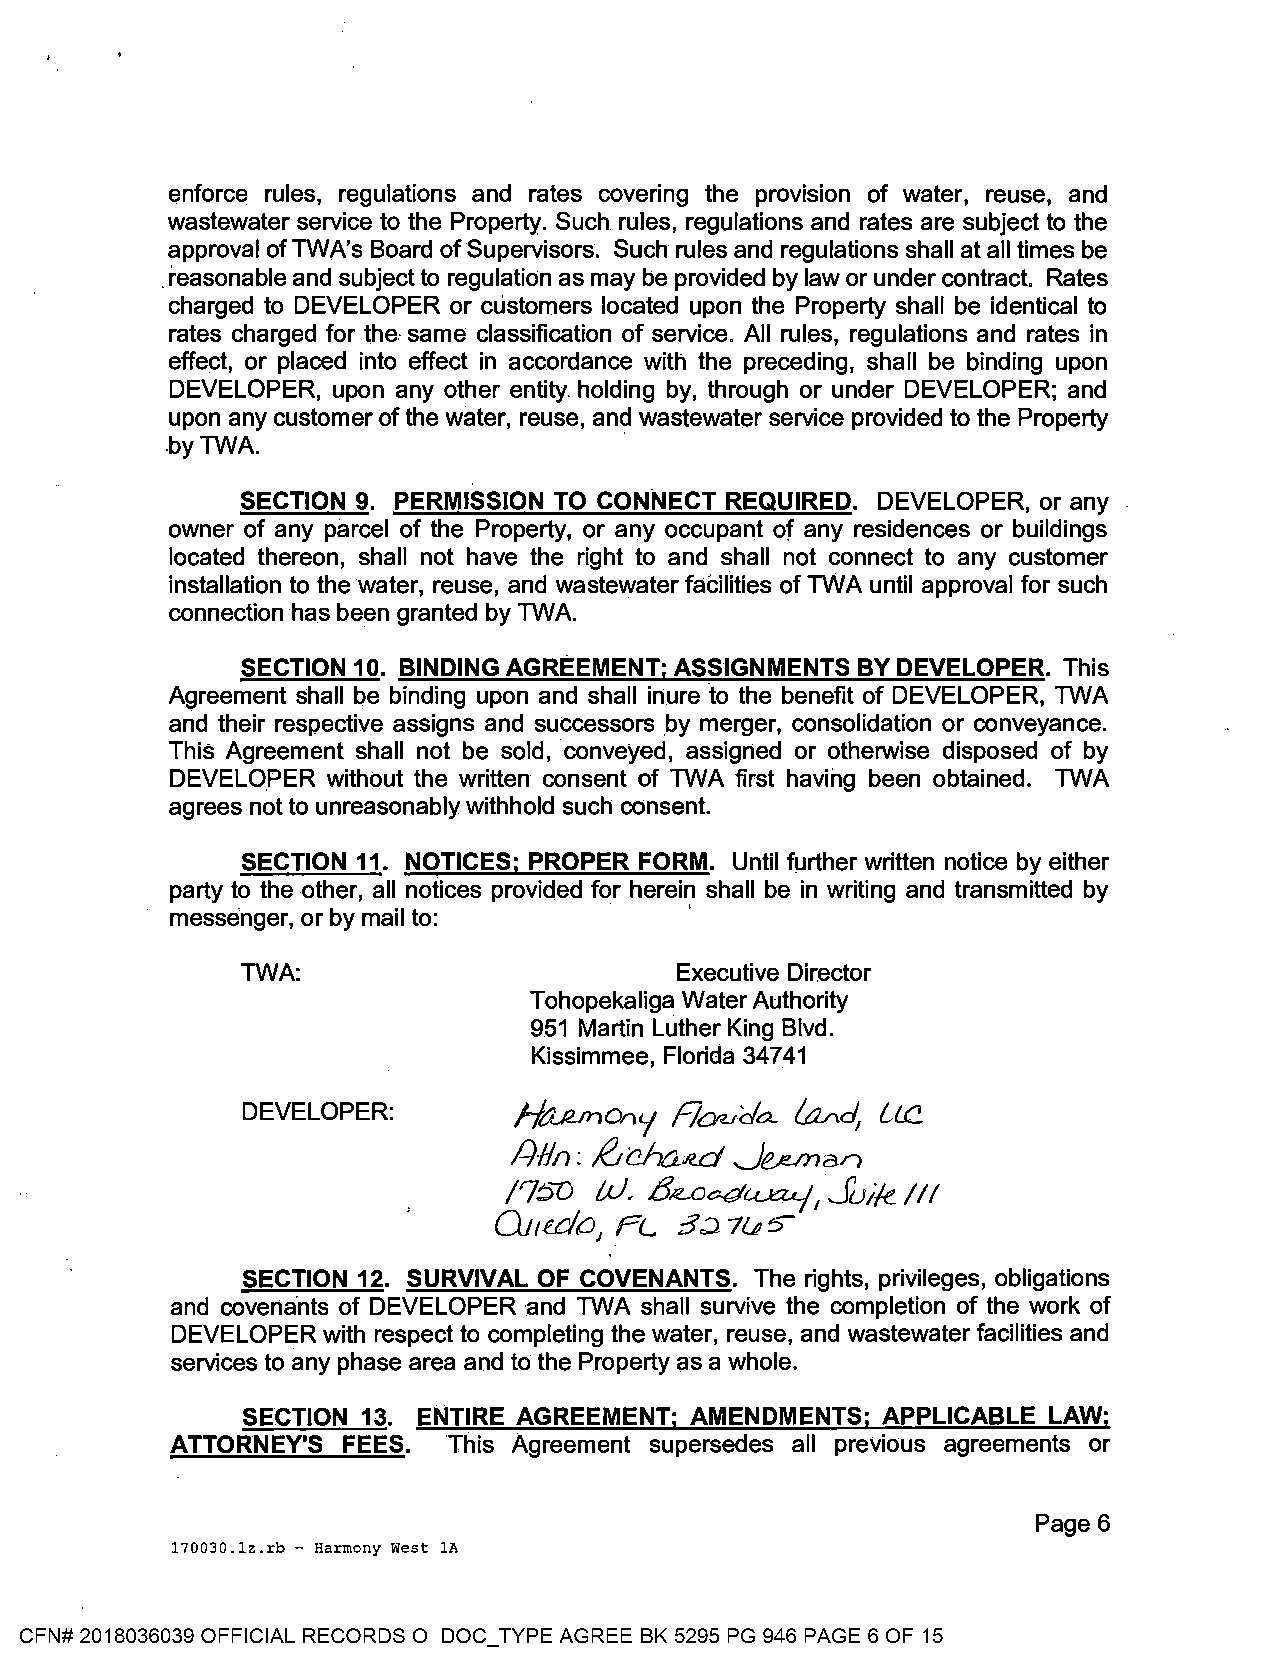
enforce rules, regulations and rates covering the prov1s1on of water, reuse, and
 wastewater service to the Property. Such rules, regulations and rates are subject to the
 approval of TWA's Board of Supervisors. Such rules and regulations shall at all times be
 . reasonable and subject to regulation as may be provided by law or under contract. Rates
 charged to DEVELOPER or customers located upon the Property shall be identical to
 rates charged for the same classification of service. All rules, regulations and rates in
 effect, or placed into effect in accordance with the preceding, shall be binding upon
 DEVELOPER, upon any other entity. holding by, through or under DEVELOPER; and
 upon any customer of the water, reuse, and wastewater service provided to the Property
 .by TWA.                      .
 SECTION 9. PERMISSION TO CONNECT REQUIRED. DEVELOPER, or any
 owner of any parcel of the Property, or any occupant of any residences or buildings
 located thereon, shall not have the right to and shall not connect to any customer
 installation to the water, reuse, and wastewater facilities of TWA until approval for such
 connection has been granted by TWA.
 SECTION 10. BINDING AGREEMENT; ASSIGNMENTS BY DEVELOPER. This
 Agreement shall be binding upon and shall inure to the benefit of DEVELOPER, TWA
 and their respective assigns and successors _by merger, consolidation or conveyance.
 This Agreement shall not be sold, conveyed, assigned or otherwise disposed of by
 DEVELOPER  without the written consent of TWA first having been obtained. TWA
 agrees not to unreasonably withhold such consent.
 SECTION 11. NOTICES; PROPER FORM. Until fµrther written notice by either
 party to the other, all notices provided for herein shall be in writing and transmitted by
 messenger, or by mail to:    ·     '
 TWA:                         Executive Director
 Tohopekaliga Water Authority
 951 Martin Luther King Blvd.
 Kissimmee, Florida 34741
 DEVELOPER:        HtuunonL/ Roudo... ~cl, llC
 /Nin :
 i!Jd-iaw
 J/!.ft.fflan
 /7:;;>u tu. 137<...0o.dt.V:ZLj, Juik II I
 OJ1edCJJ PL 3:2 7&5""
 SECTION 12. SURVIVAL OF COVENANTS. The rights, privileges, obligations
 and covenants of DEVELOPER and TWA shall survive the completion of the work of
 DEVELOPER with respect to completing the water, reuse, and wastewater facilities and
 services to any phase area and to the Property as a whole.
 SECTION 13. ENTIRE AGREEMENT; AMENDMENTS; APPLICABLE LAW;
 ATTORNEY'S  FEES.  This Agreement supersedes all previous agreements or
 Page6
 170030.lz.rb - Harmony West lA
 CFN# 2018036039 OFFICIAL RECORDS O DOC_TYPE AGREE BK 5295 PG 946 PAGE 6 OF 15